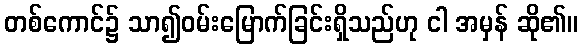
တစ်ကောင်၌ သာ၍ဝမ်းမြောက်ခြင်းရှိသည်ဟု ငါ အမှန် ဆို၏။